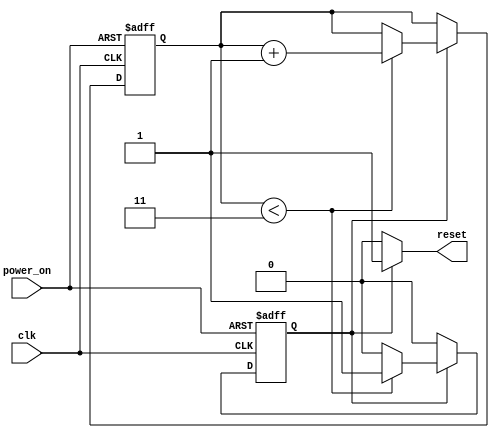
module power_on_reset (
    input wire clk,         // Clock signal
    input wire power_on,    // Power-on indication signal
    output reg reset        // Reset signal
);
    
    parameter RESET_DURATION = 4; // Define the reset duration in clock cycles
    reg [2:0] counter;             // 3-bit counter to count clock cycles
    reg reset_active;              // Intermediate signal to control reset

    always @(posedge clk or posedge power_on) begin
        if (power_on) begin
            // If power_on is asserted, initiate reset sequence
            reset_active <= 1'b1;
            counter <= 3'd0; // Reset the counter
        end else if (reset_active) begin
            // If reset is active, increment the counter
            if (counter < RESET_DURATION - 1) begin
                counter <= counter + 1;
            end else begin
                reset_active <= 1'b0; // End reset after duration
            end
        end
    end

    // Generate the output reset signal
    always @* begin
        if (reset_active) begin
            reset = 1'b1; // Assert reset
        end else begin
            reset = 1'b0; // Deassert reset
        end
    end

endmodule